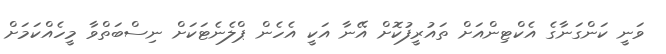
ވަނީ ކަންގަނާގެ އެކްޓިންއަށް ތައުރީފުކޮށް އޭނާ އަކީ އެހެން ޕްލެނެޓަަކަށް ނިސްބަތްވާ މީހެއްކަމަށް